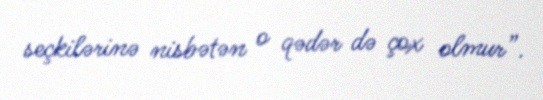
seçkilərinə nisbətən o qədər də çox olmur”.